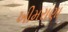
ખીમરાણા